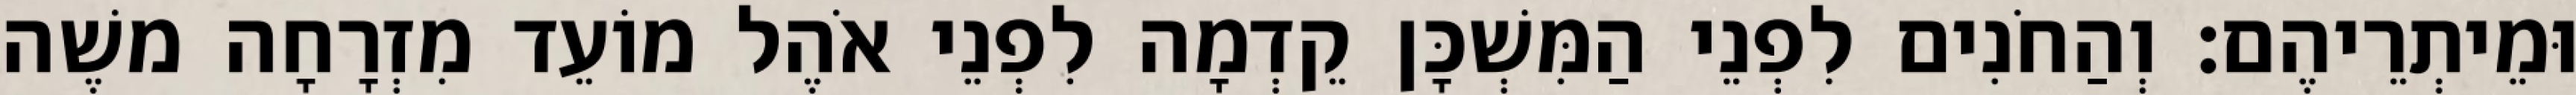
וּמֵיתְרֵיהֶם׃ וְהַחֹנִים לִפְנֵי הַמִּשְׁכָּן קֵדְמָה לִפְנֵי אֹהֶל מוֹעֵד מִזְרָחָה משֶׁה